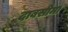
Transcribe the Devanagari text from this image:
दाबसीमा